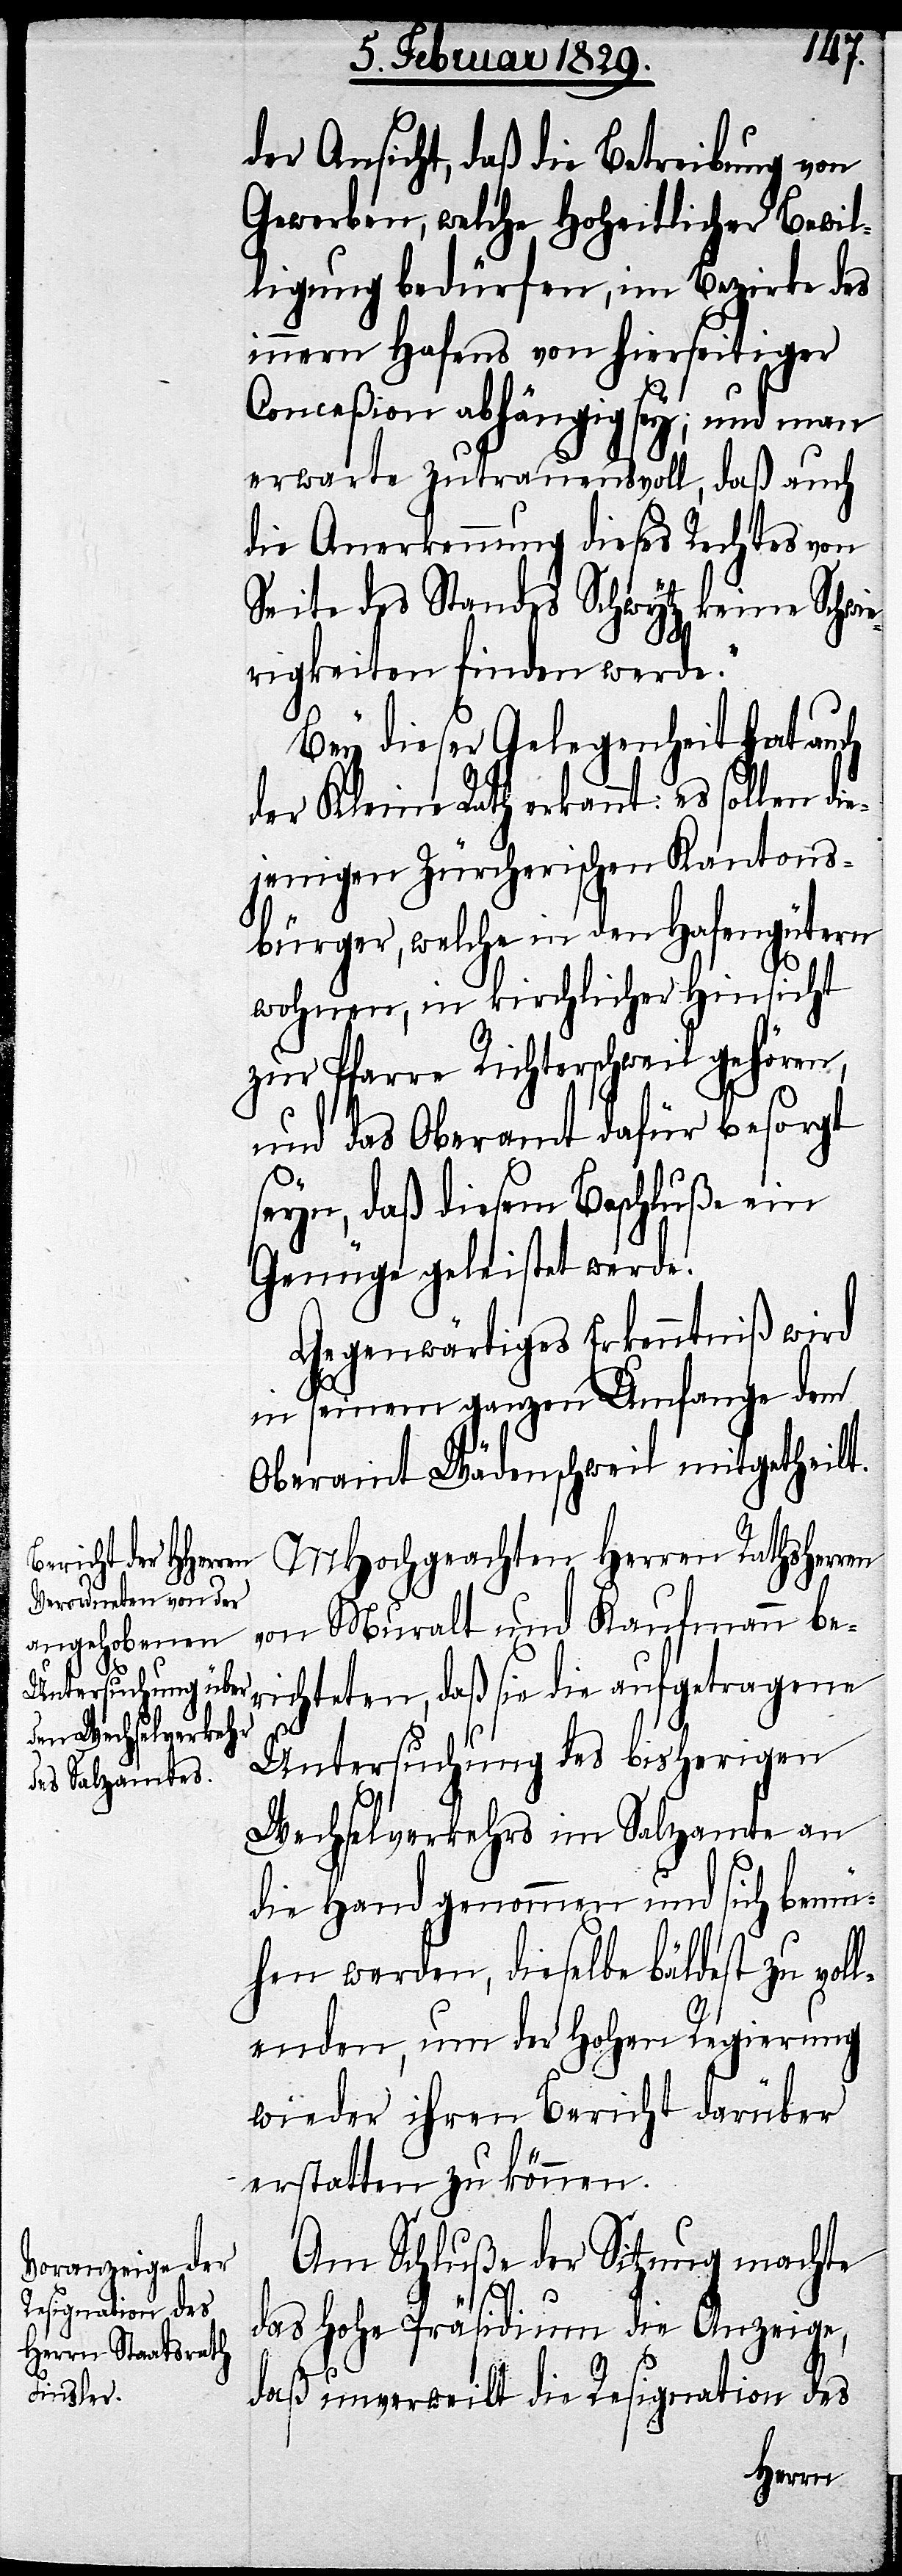
der Ansicht, daß die Betreibung von
Gewerben, welche Hoheitliche Bewil¬
ligung bedürfen, im Bezirke des
innern Hafens von hierseitigen
Conceßionen abhängig sey; und man
erwarte zutrauensvoll, daß auch
die Anerkennung dieses Rechtes von
Seite des Standes Schwytz keine Schwie¬
rigkeiten finden werde.“
Bey dieser Gelegenheit hat auch
der Kleine Rath erkannt: es sollen di¬
ejenigen Zürcherischen Kantons¬
bürger, welche in den Hafengütern
wohnen, in kirchlicher Hinsicht
zur Pfarre Richterschweil gehören,
und das Oberamt dafür besorgt
seyn, daß diesem Beschluße ein
Genüge geleistet werde.
Gegenwärtiges Erkenntniß wird
in seinem ganzen Umfange dem
Oberamt Wädenschweil mitgetheilt.
MHochgeachten Herren Rathsherren
von Muralt und Kaufmann be¬
richten, daß sie die aufgetragene
Untersuchung des bisherigen
Wechselverkehrs im Salzamte an
die Hand genommen und sich bemü¬
hen werden, dieselbe bäldest zu vol¬
lenden, um der Hohen Regierung
wieder ihren Bericht darüber
erstatten zu können.
Am Schluße der Sitzung machte
das Hohe Präsidium die Anzeige,
daß unverweilt die Resignation des